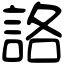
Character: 詻